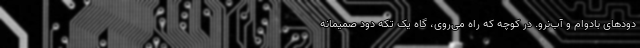
دودهای بادوام و آب‌نرو. در کوچه که راه می‌روی، گاه یک تکه دود صمیمانه